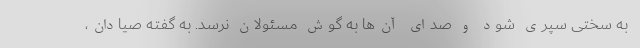
به سختی سپری شود و صدای آن‌ها به گوش مسئولان نرسد. به گفته صیادان،